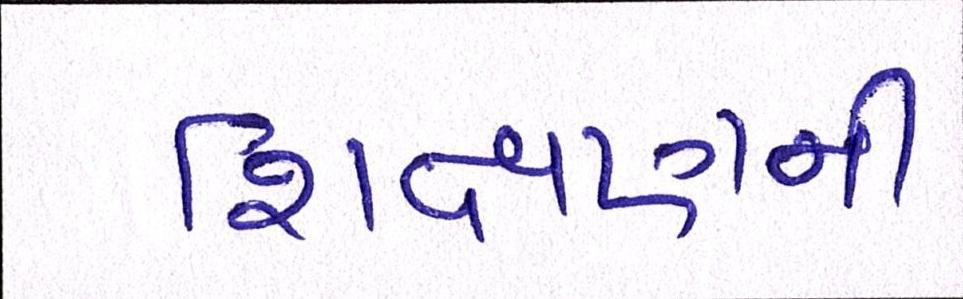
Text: શિક્ષણની